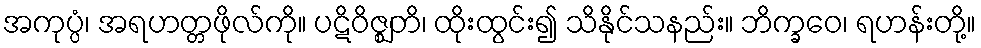
အကုပ္ပံ၊ အရဟတ္တဖိုလ်ကို။ ပဋိဝိဇ္ဈတိ၊ ထိုးထွင်း၍ သိနိုင်သနည်း။ ဘိက္ခဝေ၊ ရဟန်းတို့။